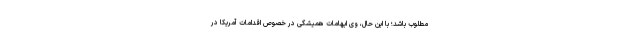
مطلوب باشد؛ با این حال، وی ابهامات همیشگی در خصوص اقدامات آمریکا در